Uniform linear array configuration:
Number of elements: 16
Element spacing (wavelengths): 0.5
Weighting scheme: uniform
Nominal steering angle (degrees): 30
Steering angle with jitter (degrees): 30.185
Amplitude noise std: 0.05
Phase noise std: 0.05

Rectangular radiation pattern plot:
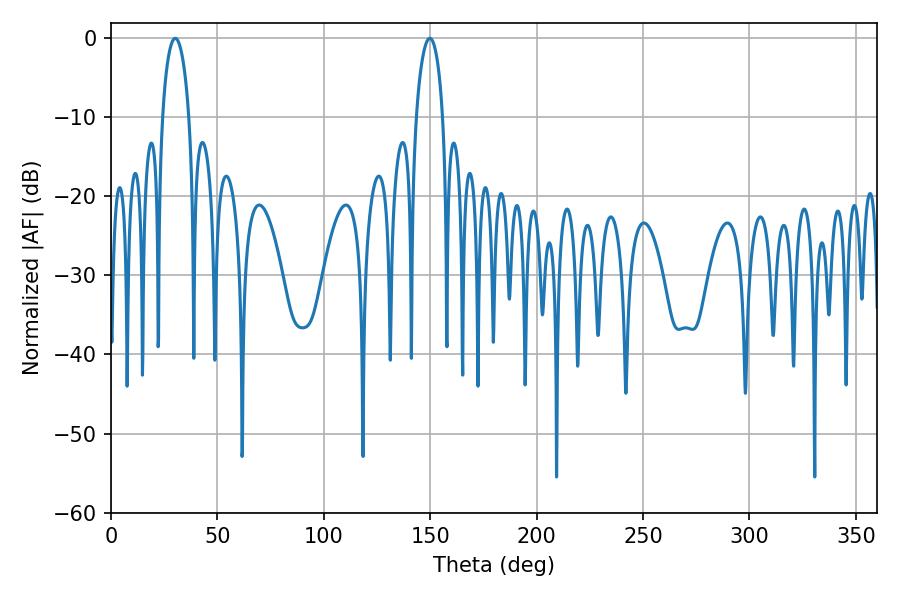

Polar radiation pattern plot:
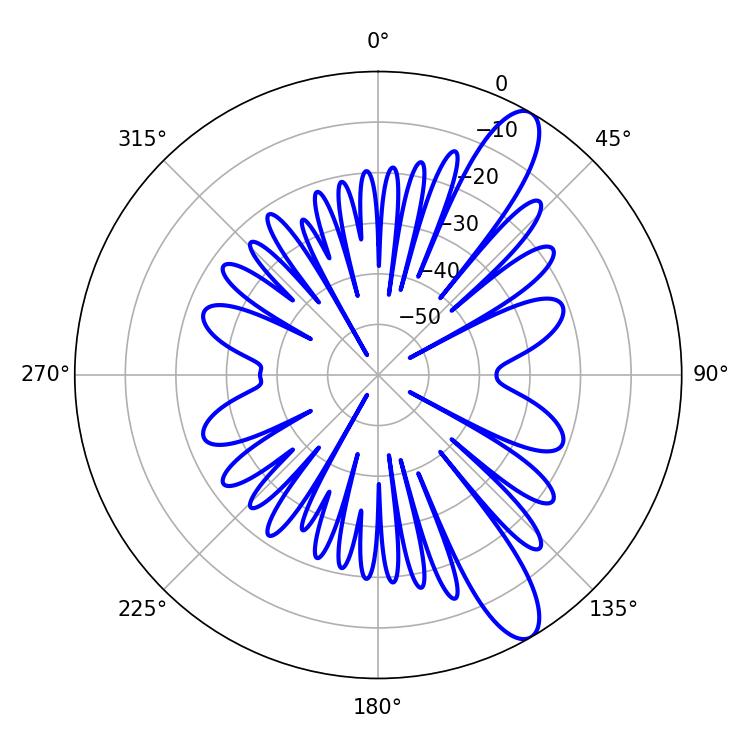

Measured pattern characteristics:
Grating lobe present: FALSE
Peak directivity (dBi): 11.504
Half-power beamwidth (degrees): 7.2
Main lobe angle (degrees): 30.24